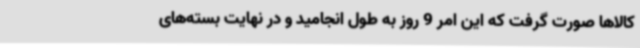
کالاها صورت گرفت که این امر 9 روز به طول انجامید و در نهایت بسته‌های